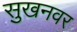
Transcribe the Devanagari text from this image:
सुखनवर